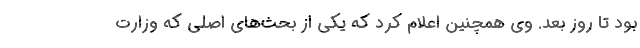
بود تا روز بعد. وی همچنین اعلام کرد که یکی از بحث‌های اصلی که وزارت